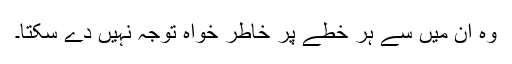
وہ ان میں سے ہر خطے پر خاطر خواہ توجہ نہیں دے سکتا۔